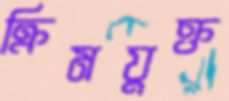
ক্রিমযুক্ত